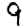
Digit: 9